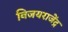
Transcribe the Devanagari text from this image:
विजयराजेंद्र